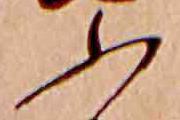
ふ